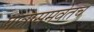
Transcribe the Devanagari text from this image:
पात्रासमवेतच